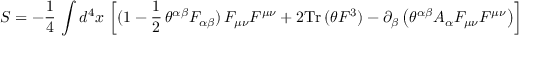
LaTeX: S = - \frac { 1 } { 4 } \, \int d ^ { 4 } x \, \left[ ( 1 - \frac { 1 } { 2 } \, \theta ^ { \alpha \beta } F _ { \alpha \beta } ) \, F _ { \mu \nu } F ^ { \mu \nu } + 2 \mathrm { T r } \, ( \theta F ^ { 3 } ) - \partial _ { \beta } \left( \theta ^ { \alpha \beta } A _ { \alpha } F _ { \mu \nu } F ^ { \mu \nu } \right) \right]